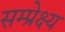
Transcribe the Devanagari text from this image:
सम्प्रेक्ष्य